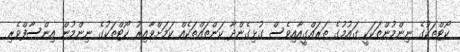
ކޯޓްތަކުގެ ނިންމުންތަކަކީ ގައުމުގެ ތަރައްގީއާއިވެސް ގުޅިގެންދާ ކަންތައްތަކެއް ކަމަށްވާއިރު ކޯޓްތަކުގެ ނިންމުން އިންސާފްވެރި